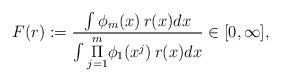
LaTeX: \begin{align*} F(r) := \frac{\int \phi_m(x) \, r(x) dx}{\int \underset{j=1}{\overset{m}{\Pi}} \phi_1(x^j) \, r(x) dx} \in [0,\infty],\end{align*}